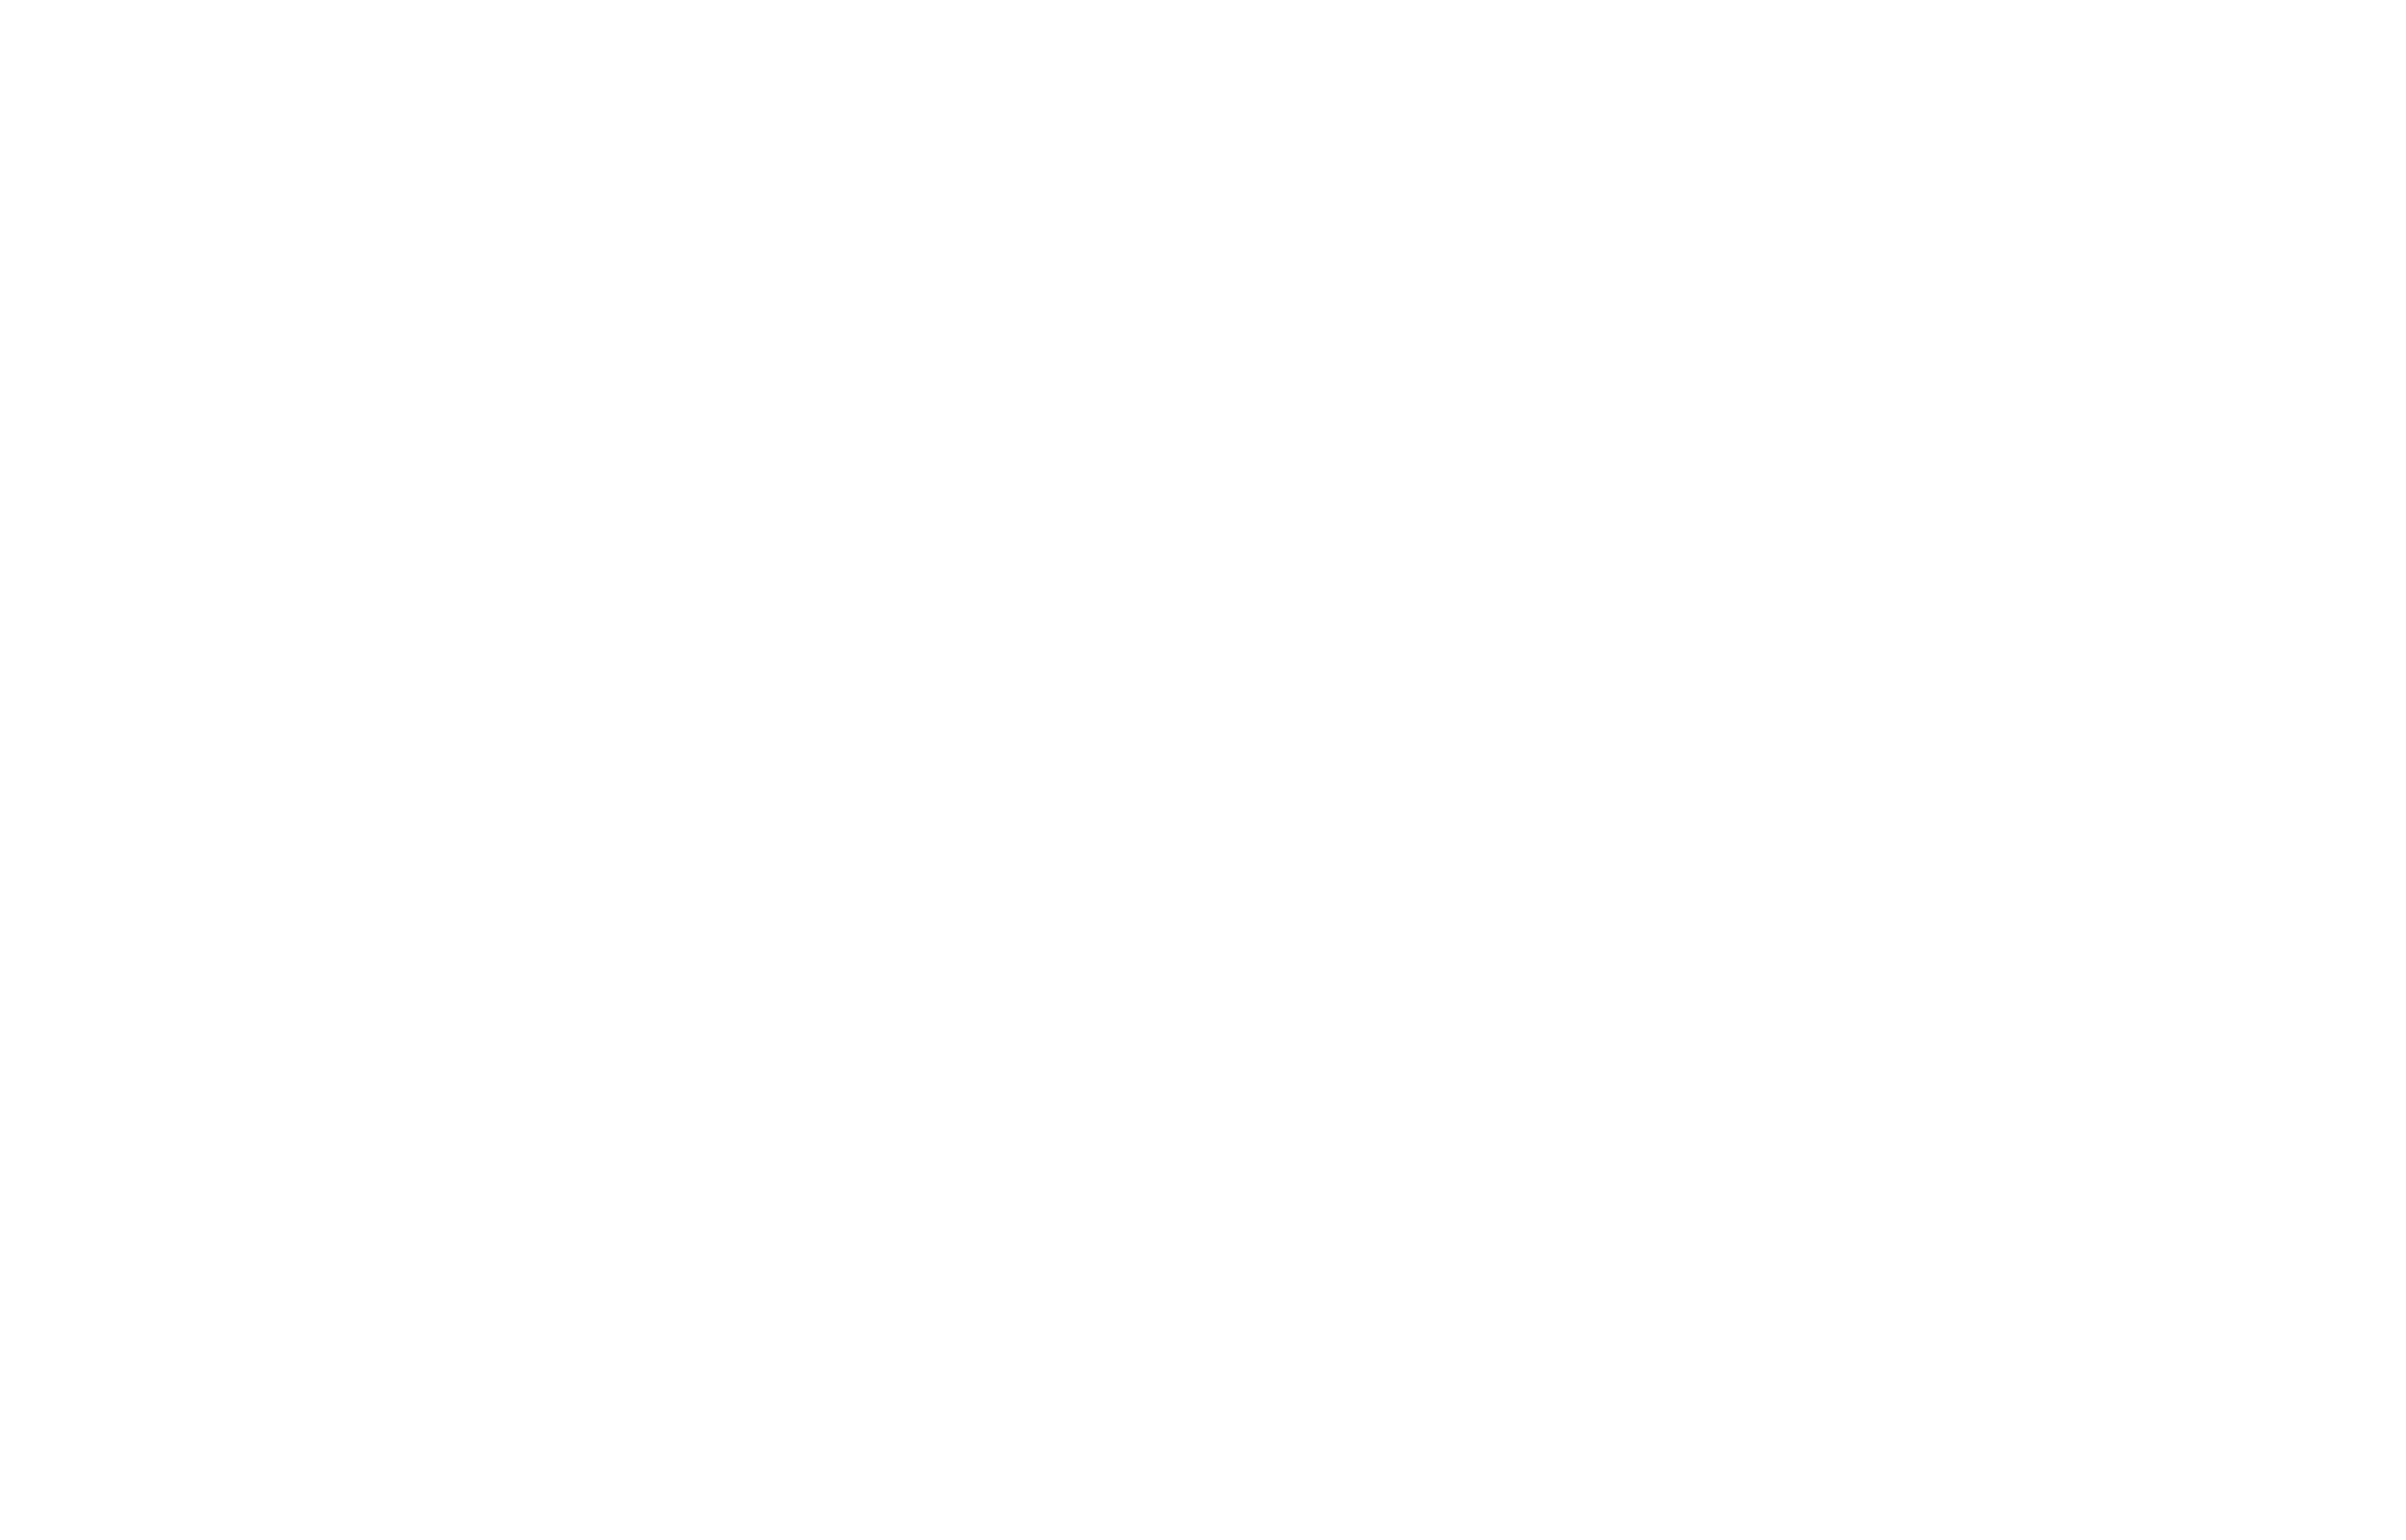
STEP   1.    사회복지사        자격증     발급   서류    준비    - 성적증명서                                STEP  2.    사회복지사        자격관리센터          접속
 1  학점은행    홈페이지    접속(https://www.cb.or.kr)                                               1  사회복지사     자격관리센터     접속(http://lic.welfare.net/Index.action)
 2  로그인
 3  온라인   증명서   발급  - 성적증명서    발급  (학위증명서는     최종학력    해당자만    발급)
 Copyright (c) (주)배움. All rights reserved.